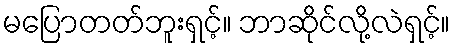
မပြောတတ်ဘူးရှင့်။ ဘာဆိုင်လို့လဲရှင့်။